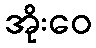
အိုးဝေ